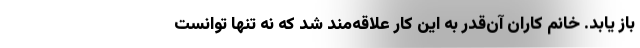
باز یابد. خانم کاران آن‌قدر به این کار علاقه‌مند شد که نه تنها توانست